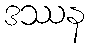
ဒဿန